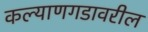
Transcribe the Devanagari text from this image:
कल्याणगडावरील